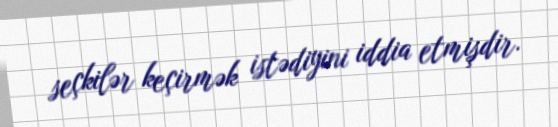
seçkilər keçirmək istədiyini iddia etmişdir.